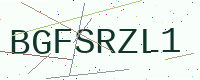
Text: BGFSRZL1